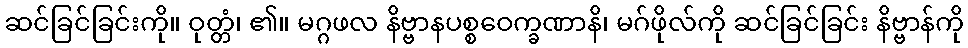
ဆင်ခြင်ခြင်းကို။ ဝုတ္တံ၊ ၏။ မဂ္ဂဖလ နိဗ္ဗာနပစ္စဝေက္ခဏာနိ၊ မဂ်ဖိုလ်ကို ဆင်ခြင်ခြင်း နိဗ္ဗာန်ကို